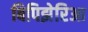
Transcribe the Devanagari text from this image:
बिपिझेरिआ